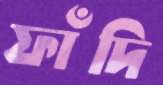
ফাঁদি